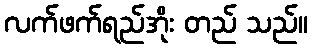
လက်ဖက်ရည်အိုး တည် သည်။